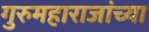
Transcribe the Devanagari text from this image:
गुरुमहाराजांच्या